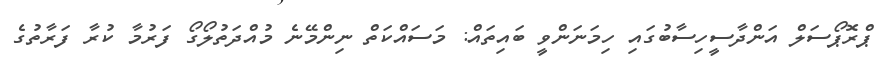
ޕްރޮޕޯސަލް އަންދާސީހިސާބުގައި ހިމަނަންވީ ބައިތައް: މަސައްކަތް ނިންމޭނެ މުއްދަތުލޯގޯ ފަރުމާ ކުރާ ފަރާތުގެ